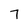
Character: 7